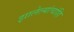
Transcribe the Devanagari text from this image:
झालेल्यांचांहि